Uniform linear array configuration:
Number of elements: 24
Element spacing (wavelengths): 0.75
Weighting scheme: hann
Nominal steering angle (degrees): -45
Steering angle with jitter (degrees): -44.543
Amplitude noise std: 0.05
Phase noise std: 0.05

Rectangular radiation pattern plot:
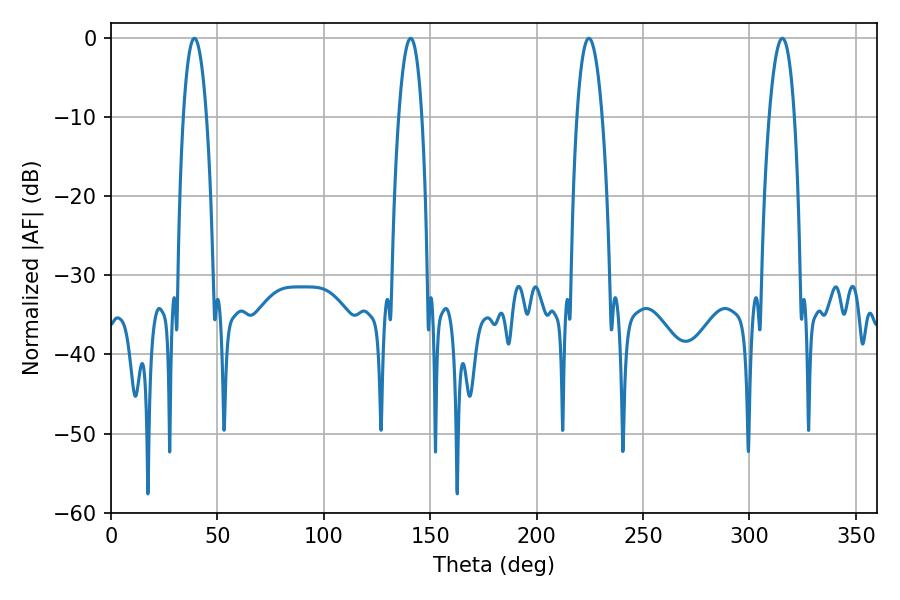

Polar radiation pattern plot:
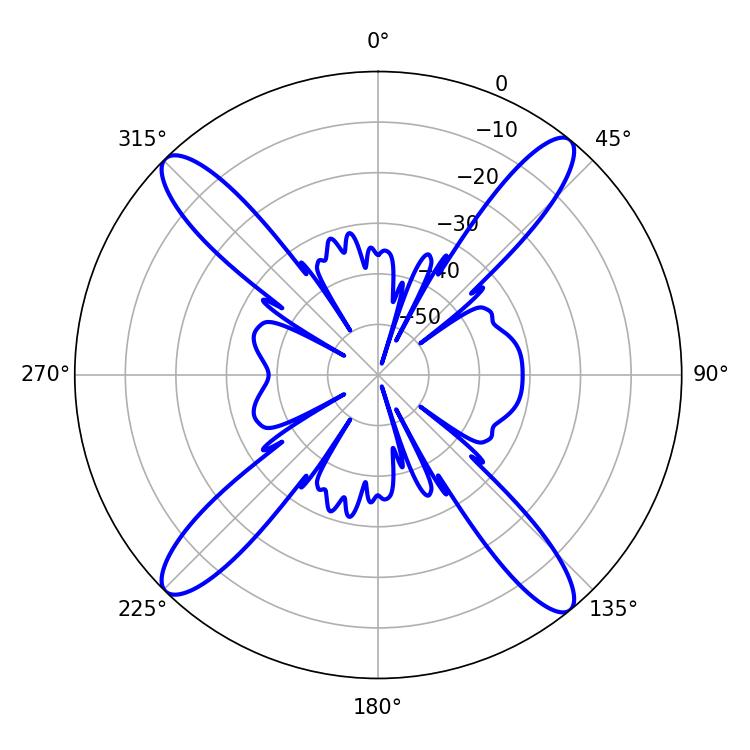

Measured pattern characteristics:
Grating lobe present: TRUE
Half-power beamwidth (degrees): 6.12
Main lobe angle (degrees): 39.24